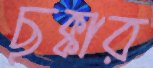
ছক্কার